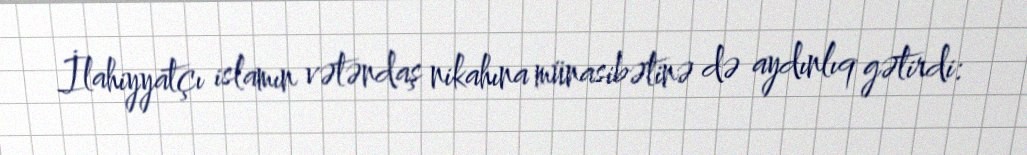
İlahiyyatçı islamın vətəndaş nikahına münasibətinə də aydınlıq gətirdi: